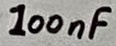
Text: 100nF